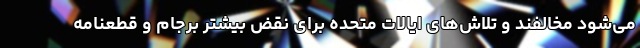
می‌شود مخالفند و تلاش‌های ایالات متحده برای نقض بیشتر برجام و قطعنامه